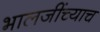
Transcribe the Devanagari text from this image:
भालजींच्याच